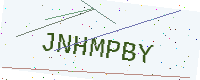
Text: JNHMPBY